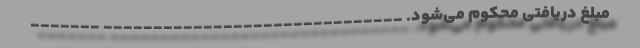
مبلغ دریافتی محکوم می‌شود. ______________________________ _______